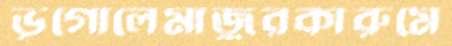
ভূগোলেমাজুরকারুমে